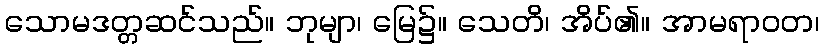
သောမဒတ္တဆင်သည်။ ဘုမျာ၊ မြေ၌။ သေတိ၊ အိပ်၏။ အာမရာဝတ၊